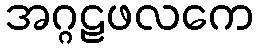
အဂ္ဂဠဖလကေ